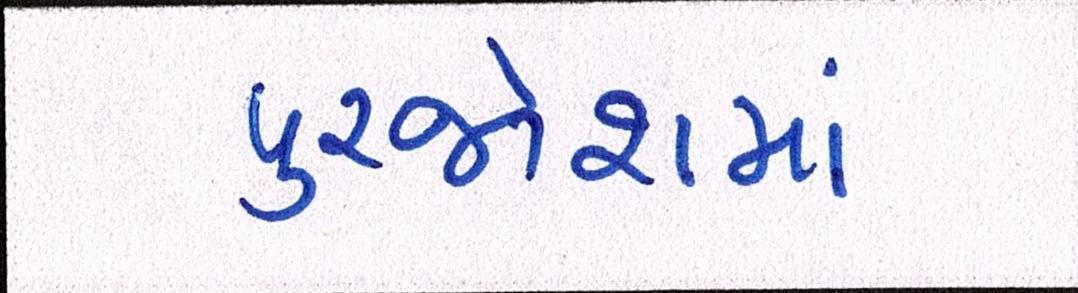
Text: પુરજોશમાં